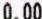
0.00